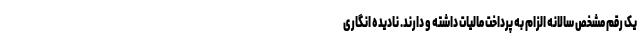
یک رقم مشخص سالانه الزام به پرداخت مالیات داشته و دارند. نادیده انگاری